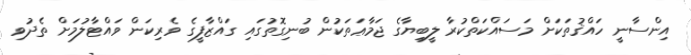
އިންސާނީ ހައްޤުތަކަށް މަސައްކަތްކުރާ ލީބިޔާގެ ޖަމާޢަތަކުން ބުނިގޮތުގައި ގައްޒާފީގެ ވެރިކަން ވައްޓާލުމަށް ތެދުވި